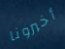
أخبرونا